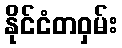
နိုင်ငံတဝှမ်း